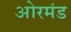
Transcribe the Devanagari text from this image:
ओरमंड